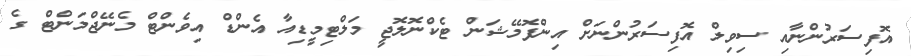
އޮފިސަރުންނާއި ސިވިލް އޮފިސަރުންނަށް އިންފޮމޭޝަން ޓެކްނޮލޮޖީ މަލްޓިމީޑިއާ އެންޑް އިވެންޓް މެނޭޖްމަންޓް ގެ